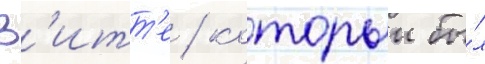
В'итт'е / которыи бы́л